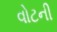
વોટની